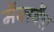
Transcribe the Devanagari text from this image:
मैक्स्वैल